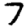
Digit: 7